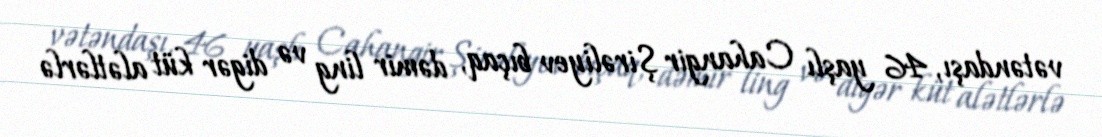
vətəndaşı, 46 yaşlı Cahangir Şirəliyev bıçaq, dəmir ling və digər küt alətlərlə